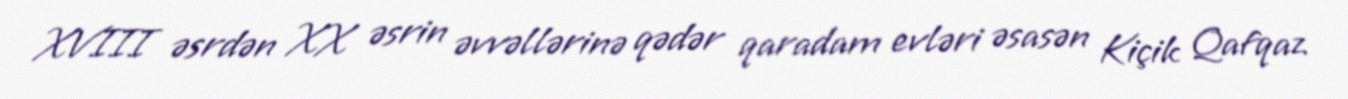
XVIII əsrdən XX əsrin əvvəllərinə qədər qaradam evləri əsasən Kiçik Qafqaz